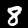
Label: 8